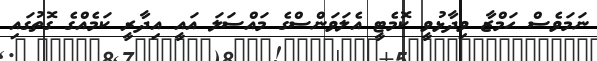
ނަމަވެސް ހަމްޒާ ވިދާޅުވީ ކޮމެޓީ އެލަވަންސްގެ މައްސަލަ އައީ އިދާރީ ކަމެއްގެ ގޮތުގައި